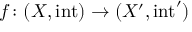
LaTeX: f \colon ( X , \operatorname { i n t } ) \to ( X ^ { \prime } , \operatorname { i n t } ^ { \prime } )